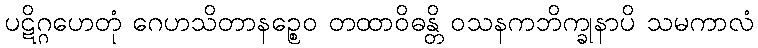
ပဋိဂ္ဂဟေတုံ ဂေဟသိတာနဉ္စေဝ တထာဝိဓန္တိ ဝသနကဘိက္ခုနာပိ သမကာလံ